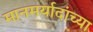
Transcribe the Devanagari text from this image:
मानमर्यादांच्या